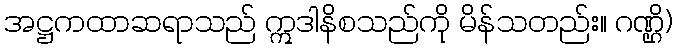
အဋ္ဌကထာဆရာသည် ဣဒါနိစသည်ကို မိန်သတည်း။ ဂဏ္ဌိ)